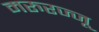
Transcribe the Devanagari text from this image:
मरुरज्जू